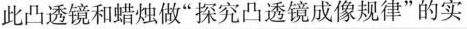
此凸透镜和蜡烛做”探究凸透镜成像规律”的实